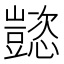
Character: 𬤹